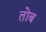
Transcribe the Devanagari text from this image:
तोब